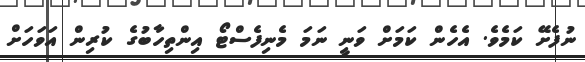
ނުފެށޭ ކަމެވެ. އެހެން ކަމަށް ވަނީ ނަމަ މެނިފެސްޓޯ އިންތިހާބުގެ ކުރިން އަވަހަށް